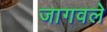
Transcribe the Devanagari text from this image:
जागवले